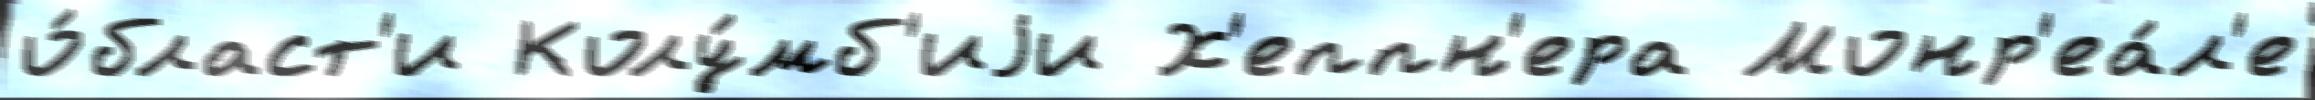
о́бласт'и Колу́мб'иjи Х'еппн'ера Монр'еа́л'е